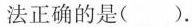
法正确的是( ).